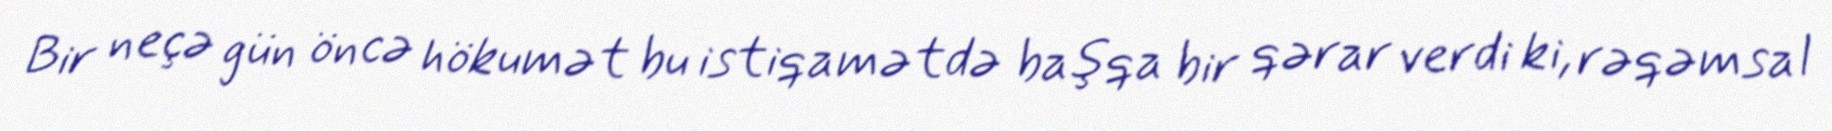
Bir neçə gün öncə hökumət bu istiqamətdə başqa bir qərar verdi ki, rəqəmsal